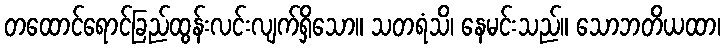
တထောင်ရောင်ခြည်ထွန်းလင်းလျက်ရှိသော။ သတရံသိ၊ နေမင်းသည်။ သောဘတိယထာ၊